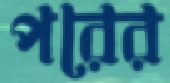
পরের